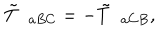
\tilde { T } _ { \; \; a B C } = - \tilde { T } _ { \; \; a C B } ,